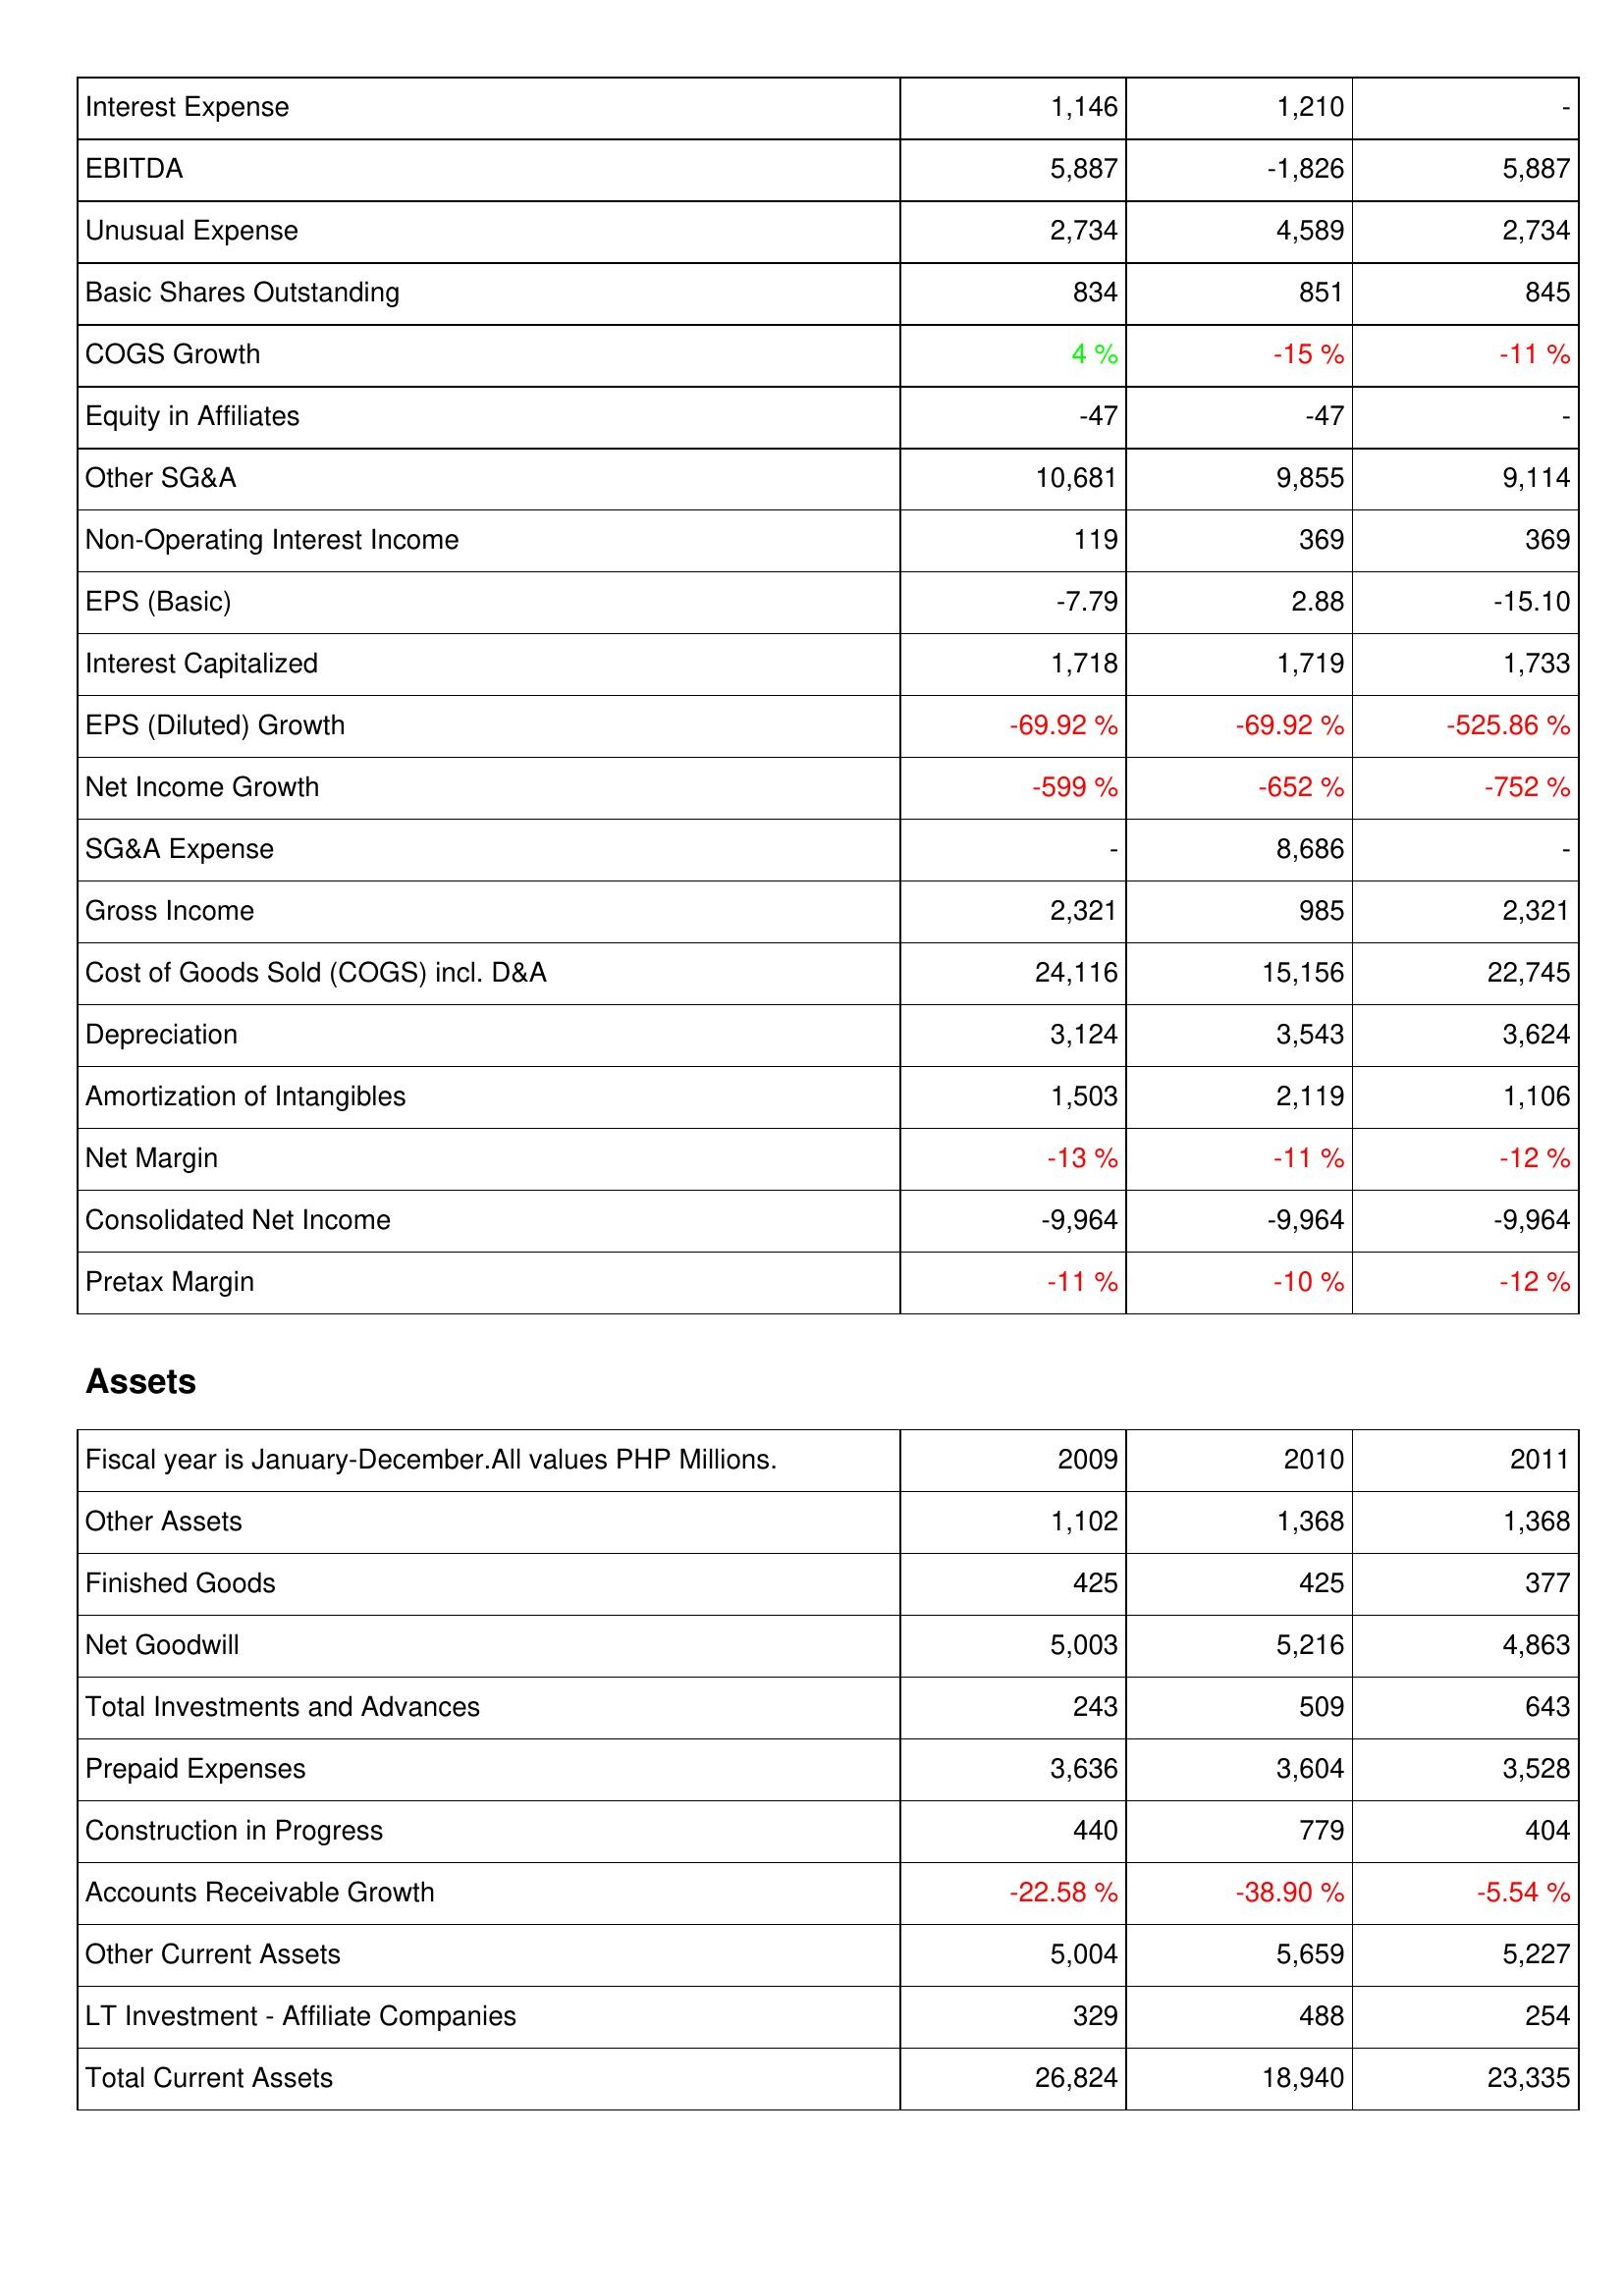
2009: Income Statement: Interest Expense: 1,146
EBITDA: 5,887
Unusual Expense: 2,734
Basic Shares Outstanding: 834
COGS Growth: 4 %
Equity in Affiliates: -47
Other SG&A: 10,681
Non-Operating Interest Income: 119
EPS (Basic): -7.79
Interest Capitalized: 1,718
EPS (Diluted) Growth: -69.92 %
Net Income Growth: -599 %
SG&A Expense: -
Gross Income: 2,321
Cost of Goods Sold (COGS) incl. D&A: 24,116
Depreciation: 3,124
Amortization of Intangibles: 1,503
Net Margin: -13 %
Consolidated Net Income: -9,964
Pretax Margin: -11 %
Assets: Other Assets: 1,102
Finished Goods: 425
Net Goodwill: 5,003
Total Investments and Advances: 243
Prepaid Expenses: 3,636
Construction in Progress: 440
Accounts Receivable Growth: -22.58 %
Other Current Assets: 5,004
LT Investment - Affiliate Companies: 329
Total Current Assets: 26,824
2010: Income Statement: Interest Expense: 1,210
EBITDA: -1,826
Unusual Expense: 4,589
Basic Shares Outstanding: 851
COGS Growth: -15 %
Equity in Affiliates: -47
Other SG&A: 9,855
Non-Operating Interest Income: 369
EPS (Basic): 2.88
Interest Capitalized: 1,719
EPS (Diluted) Growth: -69.92 %
Net Income Growth: -652 %
SG&A Expense: 8,686
Gross Income: 985
Cost of Goods Sold (COGS) incl. D&A: 15,156
Depreciation: 3,543
Amortization of Intangibles: 2,119
Net Margin: -11 %
Consolidated Net Income: -9,964
Pretax Margin: -10 %
Assets: Other Assets: 1,368
Finished Goods: 425
Net Goodwill: 5,216
Total Investments and Advances: 509
Prepaid Expenses: 3,604
Construction in Progress: 779
Accounts Receivable Growth: -38.90 %
Other Current Assets: 5,659
LT Investment - Affiliate Companies: 488
Total Current Assets: 18,940
2011: Income Statement: Interest Expense: -
EBITDA: 5,887
Unusual Expense: 2,734
Basic Shares Outstanding: 845
COGS Growth: -11 %
Equity in Affiliates: -
Other SG&A: 9,114
Non-Operating Interest Income: 369
EPS (Basic): -15.10
Interest Capitalized: 1,733
EPS (Diluted) Growth: -525.86 %
Net Income Growth: -752 %
SG&A Expense: -
Gross Income: 2,321
Cost of Goods Sold (COGS) incl. D&A: 22,745
Depreciation: 3,624
Amortization of Intangibles: 1,106
Net Margin: -12 %
Consolidated Net Income: -9,964
Pretax Margin: -12 %
Assets: Other Assets: 1,368
Finished Goods: 377
Net Goodwill: 4,863
Total Investments and Advances: 643
Prepaid Expenses: 3,528
Construction in Progress: 404
Accounts Receivable Growth: -5.54 %
Other Current Assets: 5,227
LT Investment - Affiliate Companies: 254
Total Current Assets: 23,335